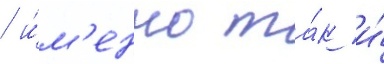
/ и́м'енно та́к и́